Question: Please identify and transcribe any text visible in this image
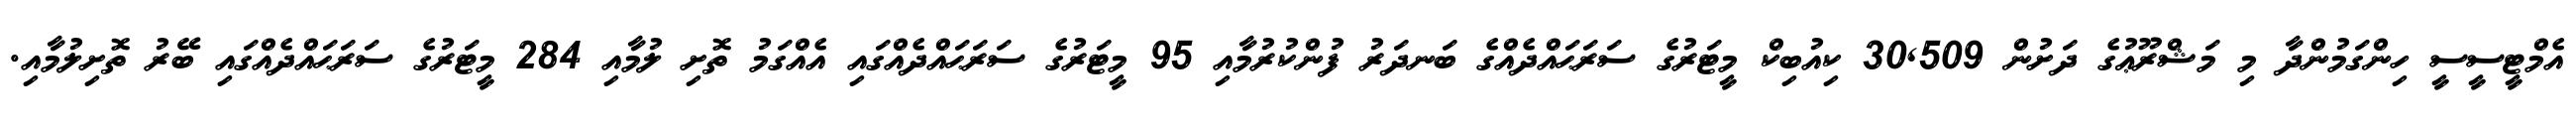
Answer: އެމްޓީސީސީ ހިންގަމުންދާ މި މަޝްރޫޢުގެ ދަށުން 30,509 ކިއުބިކް މީޓަރުގެ ސަރަޙައްދެއްގެ ބަނދަރު ފުންކުރުމާއި 95 މީޓަރުގެ ސަރަޙައްދެއްގައި އެއްގަމު ތޮށި ލުމާއި 284 މީޓަރުގެ ސަރަޙައްދެއްގައި ބޭރު ތޮށިލުމާއި.